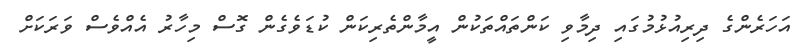
އަހަރެންގެ ދިރިއުޅުމުގައި ދިމާވި ކަންތައްތަކުން އީމާންތެރިކަން ކުޑަވެގެން ގޮސް މިހާރު އެއްވެސް ވަރަަކަށް